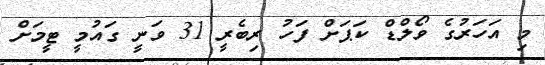
މި އަހަރުގެ ވޯލްޑް ކަޕަށް ފަހު ރިބެރީ 31 ވަނީ ގައުމީ ޓީމަށް